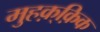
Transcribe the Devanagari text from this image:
मुहक़्क़िक